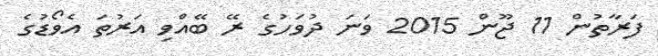
ފަރާތުން 11 ޖޫން 2015 ވަނަ ދުވަހުގެ ރޭ ބޭއްވި އަރުތަ އެވޯޑުގެ